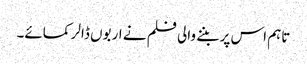
تاہم اس پر بننے والی فلم نے اربوں ڈالر کمائے۔